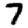
Digit: 7